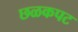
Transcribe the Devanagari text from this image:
छळकपट